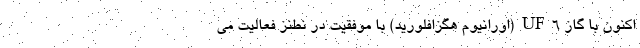
اکنون با گاز UF۶(اورانیوم هگزافلورید) با موفقیت در نطنز فعالیت می